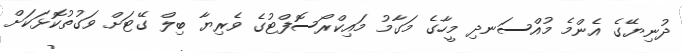
ދުނިޔޭގެ އެންމެ މުއްސަނދި މީހާގެ މަގާމު މައިކްރޯސޮފްޓުގެ ވެރިޔާ ބިލް ގޭޓަށް ވަގުތުކޮޅަކަށް